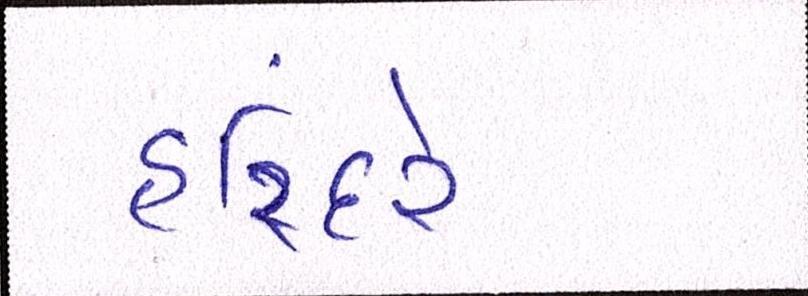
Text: હરિંદરે